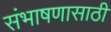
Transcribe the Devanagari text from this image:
संभाषणासाठी